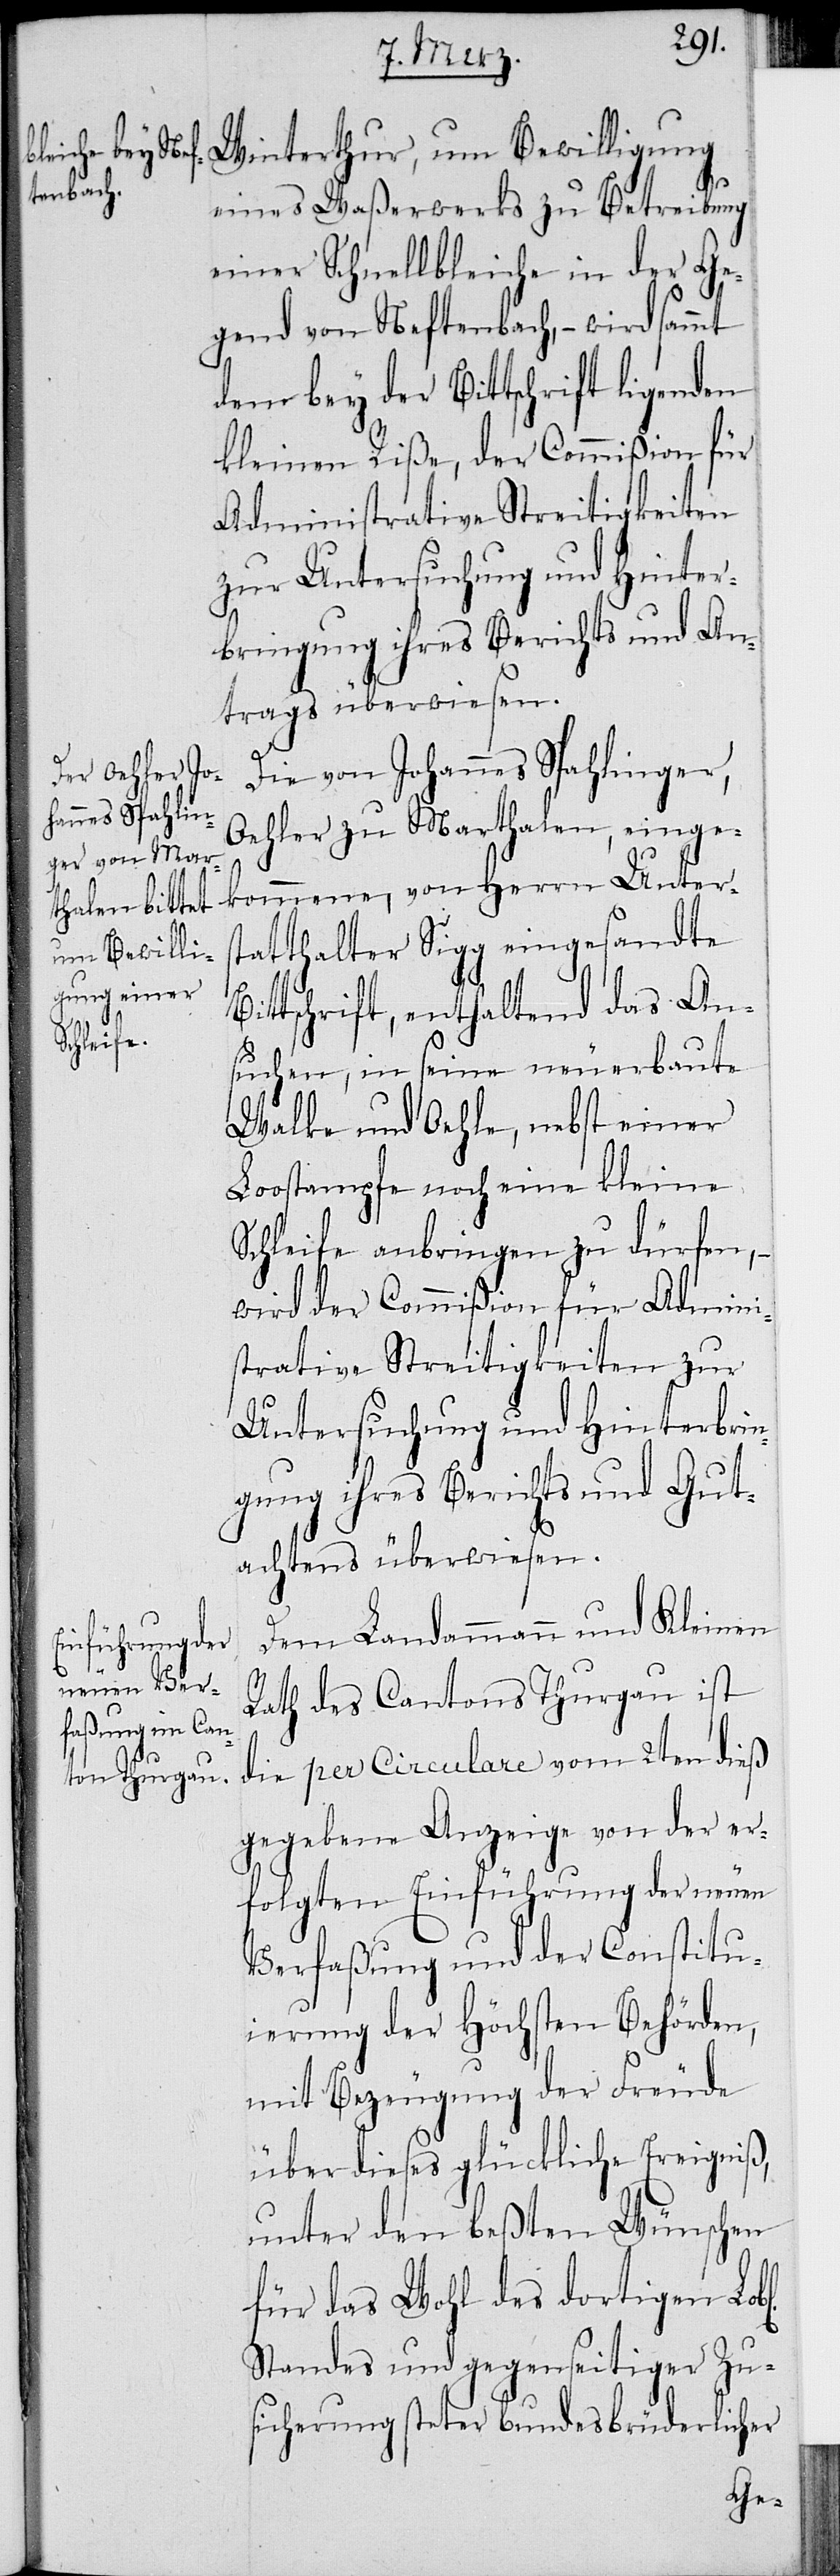
l[ichen]

Winterthur, um Bewilligung
eines Waßerwerks zu Betreibung
einer Schnellbleiche in der Ge¬
gend von Neftenbach, – wird sammt
dem bey der Bittschrift ligenden
kleinen Riße, der Commißion für
Administrative Streitigkeiten
zur Untersuchung und Hinter¬
bringung ihres Berichts und An¬
trags überwiesen.
Die von Johannes Spahlinger,
Oehler zu Marthalen, einge¬
kommene, von Herrn Unters¬
tatthalter Sigg eingesandte
ittschrift, enthaltend das An¬
suchen, in seine neuerbaute
Walke und Oehle, nebst einer
Loostampfe noch eine kleine
Schleife anbringen zu dürfen, –
wird der Commißion für Admini¬
strative Streitigkeiten zur
Untersuchung und Hinterbrin¬
gung ihres Berichts und Gut¬
achtens überwiesen.
Dem Landammann und Kleinen
Rath des Cantons Thurgau ist
die per Circulare vom 2ten dieß
gegebene Anzeige von der er¬
folgten Einführung der neuen
Verfaßung und der Constitu¬
ierung der Höchsten Behörden,
mit Bezeugung der Freude
über dieses glückliche Ereigniß,
unter den beßten Wünschen
für das Wohl des dortigen Lob¬
Standes und gegenseitiger Zu¬
sicherung steter bundesbrüderlicher
B¬